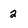
Character: 2